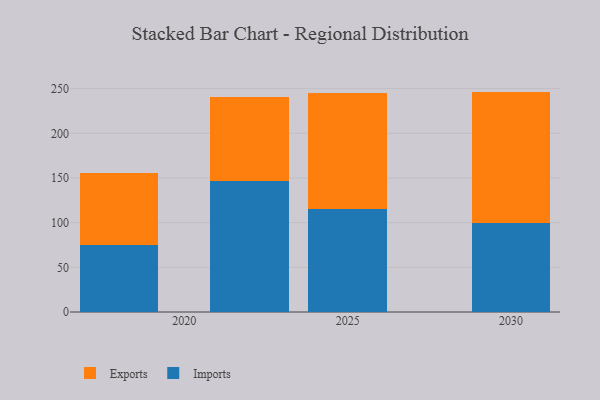
{"axis": {"x": "Year", "y": "Website Visitors"}, "legend": ["Exports", "Imports"], "data": [{"x": "2025", "y": 115.6, "type": "Imports"}, {"x": "2025", "y": 129.2, "type": "Exports"}, {"x": "2030", "y": 99.7, "type": "Imports"}, {"x": "2030", "y": 147.0, "type": "Exports"}, {"x": "2022", "y": 146.6, "type": "Imports"}, {"x": "2022", "y": 94.5, "type": "Exports"}, {"x": "2018", "y": 74.8, "type": "Imports"}, {"x": "2018", "y": 80.4, "type": "Exports"}]}